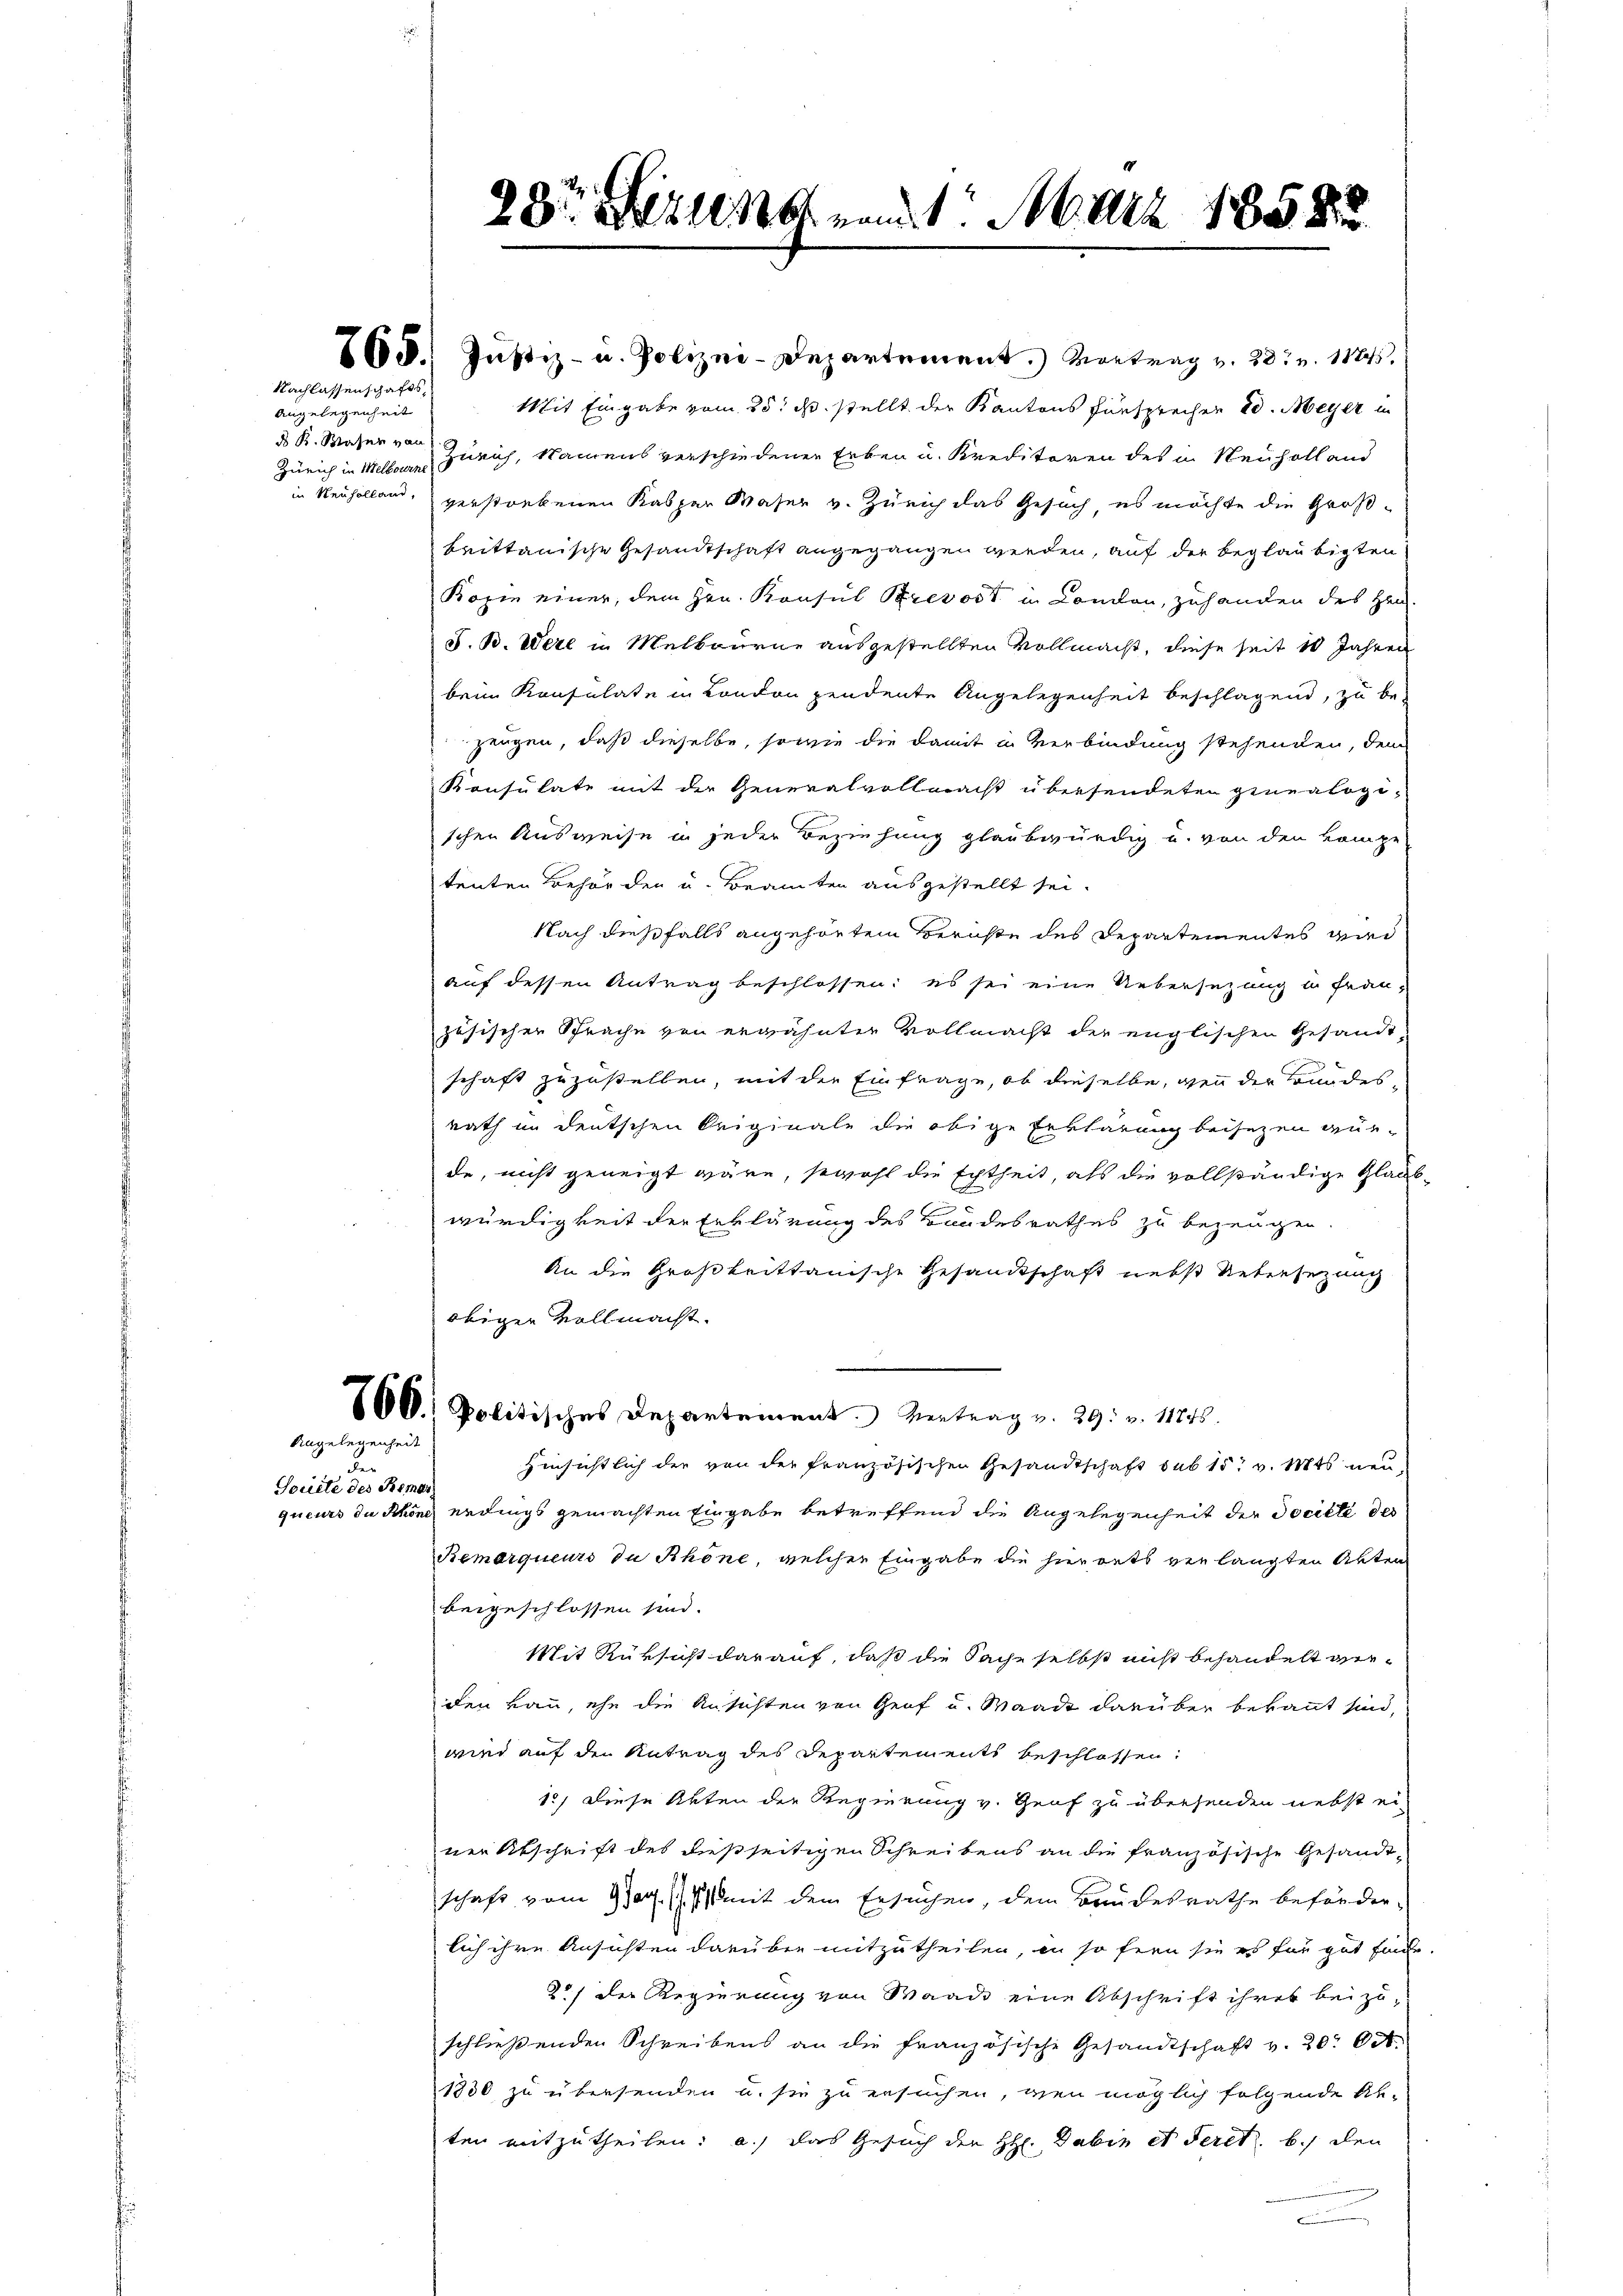
765.
Nachlassenschafts¬

dung eingen einen
ds R. Waser von
in Neuholland,

Angelegenheit

der
Societe des Remar

28 zun vom 1. März 1858.

Justiz- u. Polizei-Departement.) Vortrag v. 28. v. 1
Mit Eingabe vom 25t d. stellt der Kantons Fürsprechen 20. Meyer in
Zürich in Millen Zürich, Namens verschiedenen Erben u. Kreditoren des in Neuholl und
verstorbenen Kaspar Waser v. Zürich das Gesuch, es möchte die Großbrittanische Gesandtschaft angegangen werden, auf der beglaubigten
Bozin einer, dem Hrn. Konsul Brevost in Condon, zuhanden des Hen-
S. B. Were in Melbourne ausgestellten Vollmacht, diese seit 10 Jahren
beim Konsulate in London pendente Angelegenheit beschlagend, zu be-
zeugen, daß dieselbe, sowie die damit in Verbindung stehenden, dem
Konsulate mit der Generalvollmacht übersendeten genealogi-
schen Ausweise in jeder Beziehung glaubwürdig u. von den kompe-
tenten Behörden u. Beamten ausgestellt sei.
Nach dießfalls angehörten Berichte des Departementes wird
auf dessen Antrag beschlossen: es sei eine Uebersezung in Französischen Sprache von erwähnter Vollmacht der englischen Gesandt
schaft zuzustellen, mit der Einfrage, ob dieselbe, wenn der Bundes
rath in deutschen Originale die obige Erklärung beisezen würde, nicht geneigt wäre, sowohl die Echtheit, als die vollständige Glaubwürdigkeit der Erklärung des Bandesrathes zu bezeugen.
An die Großbrittanische Gesandtschaft nebst Uebersezung
obiger Vollmacht.
166. Politisches Departement. Vertrag v. 29. v. 11248.
Hinsichtlich der von der französischen Gesandtschaft sub 15. v. Mts. neu,
queurs du Schöne erdings gemachten Eingabe betreffend die Angelegenheit der Société des
Remarqueurs de Rhöne, welcher Eingabe die hierants verlangten Akten
beigeschlossen sind.
Mit Rüksicht darauf, daß die Sache selbst nicht behandelt werden kann, ehe die Ansichten von Graf u. Waadt darüber bekannt sind,
wird auf den Antrag des Departements beschlossen,
12) Diese Akten der Regierung v. Graf zu übersenden nebst einer Abschrift des dießseitigen Schreibens an die französische Gesandtschaft vom 9100. /. M. mit dem Ersuchen, dem Brudesrathe beförderlich ihre Ansichten darüber mitzutheilen, in so fern sie es für gut finde.
2) der Regierung von Waadt eine Abschrift ihres beizuschließenden Schreibens an die französische Gesandtschaft v. 20. Oct.
1830 zu übersenden u. sie zu ersuchen, wenn möglich folgende Ab-
ten mitzutheilen: a.) das Gesuch der H. Dabis et deret. b.) den
n